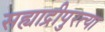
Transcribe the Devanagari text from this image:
सह्याद्रीपुरत्या